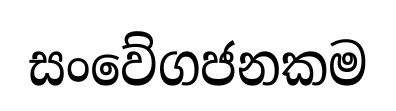
සංවේගජනකම